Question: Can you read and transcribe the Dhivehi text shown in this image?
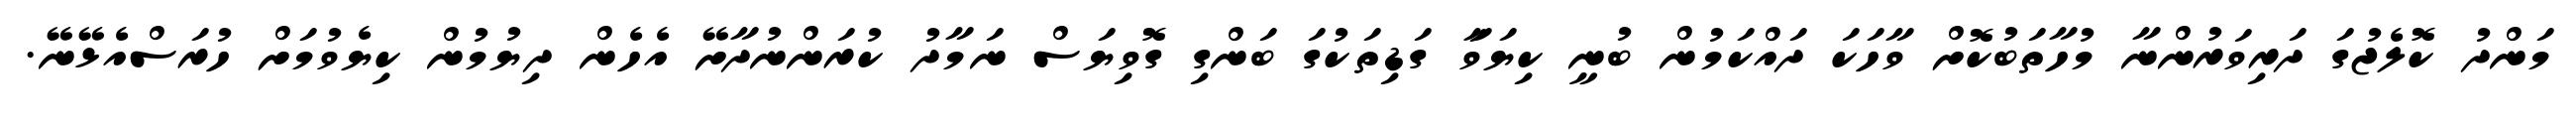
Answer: މަންދު ކޮލެޖުގަ ދަރިވަރުންނާ މުހާތަބުކޮށް ވާހަކަ ދައްކަމުން ބުނީ ކިޔަވަާ ގަޑިތަކުގަ ބަންގި ގޮވިޔަސް ނަމާދު ކުރަންނުދާށޭ އެހެން ދިޔުމުން ކިޔެވުމަށް ހުރަސްއެޅޭނޭ.